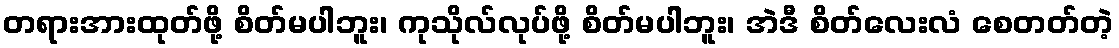
တရားအားထုတ်ဖို့ စိတ်မပါဘူး၊ ကုသိုလ်လုပ်ဖို့ စိတ်မပါဘူး၊ အဲဒီ စိတ်လေးလံ စေတတ်တဲ့